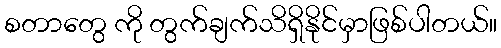
စတာတွေ ကို တွက်ချက်သိရှိနိုင်မှာဖြစ်ပါတယ်။